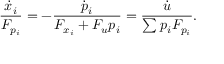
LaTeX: { \frac { { \dot { x } } _ { i } } { F _ { p _ { i } } } } = - { \frac { { \dot { p } } _ { i } } { F _ { x _ { i } } + F _ { u } p _ { i } } } = { \frac { \dot { u } } { \sum p _ { i } F _ { p _ { i } } } } .